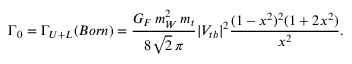
\Gamma _ { 0 } = \Gamma _ { U + L } ( B o r n ) = \frac { G _ { F } \, m _ { W } ^ { 2 } \, m _ { t } } { 8 \sqrt { 2 } \, \pi } | V _ { t b } | ^ { 2 } \frac { ( 1 - x ^ { 2 } ) ^ { 2 } ( 1 + 2 x ^ { 2 } ) } { x ^ { 2 } } .